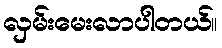
လှမ်းမေးလာပါတယ်။